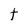
Character: t